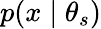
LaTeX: p(x\mid\theta_{s})